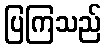
ပြကြသည်